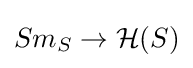
Sm_{S}\to {\mathcal {H}}(S)